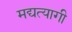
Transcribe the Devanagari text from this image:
मद्यत्यागी